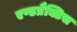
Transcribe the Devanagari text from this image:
एण्डप्रैक्टिस